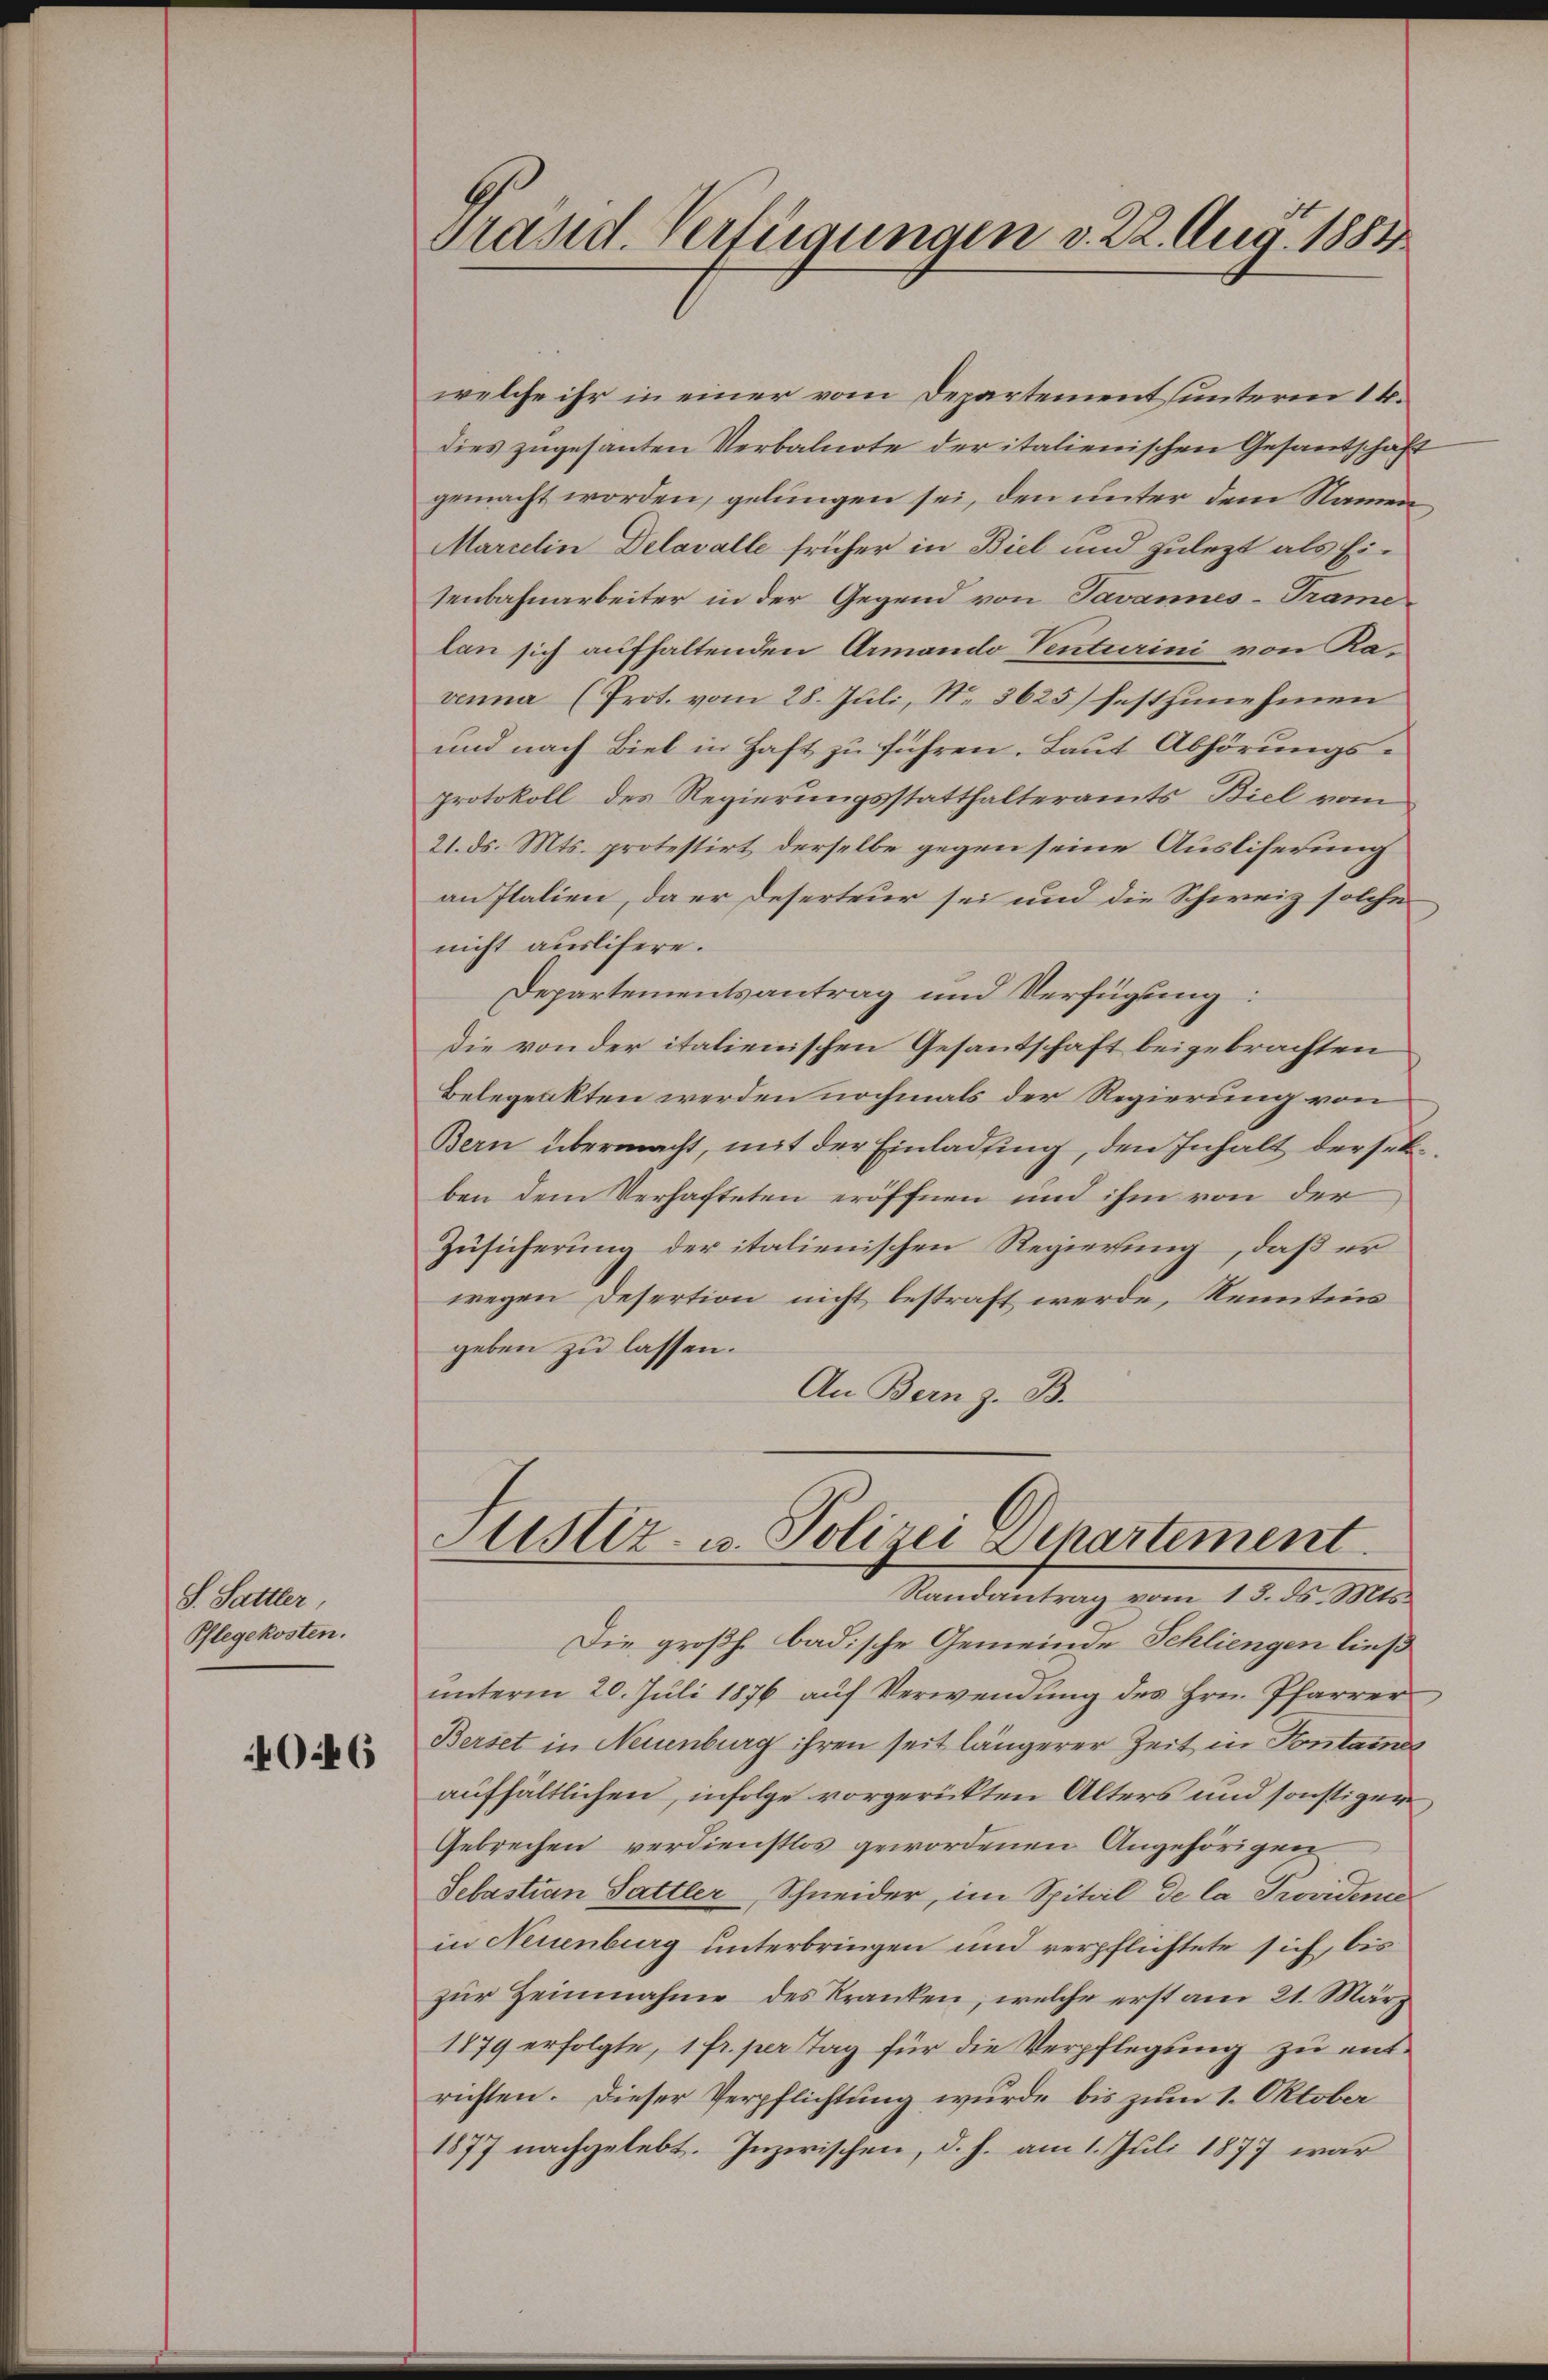
S. Sattler,
Pflegekosten.

40.46

Präsid. Verfügungen v. 22. Aug. 1884

welche ihr in einer vom Departement unterm 16.
dies zugesanten Verbalnote der italienischen Gesandschaft
gemacht worden, gelungen sei, den unter dem Namen
Marcelin Delavalle früher in Biel und zulezt als Eisenbahnarbeiter in der Gegend von Javannes-Trame
lan sich aufhaltenden Armando Venturini von Ravenna (Prot. vom 28. Juli, N. 8625) festzunehmen
und nach Biel in Haft zu führen. Laut Abhörungsprotokoll des Regierungsstatthalteramts Biel vom
21. ds. Mts. protestirt derselbe gegen seine Ausliferung
an Italien, da er Deserteur sei und die Schweiz solche
nicht auslifere.
Departementsantrag und Verfügung:
die von der italienischen Gesantschaft beigebrachten
Belegeakten werden nochmals der Regierung von
Bern übermacht, mit der Einladung, den Inhalt derselben dem Verhafteten eröffnen und ihm von der
Zusicherung der italienischen Regierung, daß er
wegen Desertion nicht bestraft werde, Kenntins
geben zu lassen.
An Bern z. B.
Justiz- u. Polizei Departement.
Randantrag vom 13. ds. Mts.
Die großh. badische Gemeinde Schliengen ließ
unterm 20. Juli 1876 auf Verwendung des Hrn. Pfarrer
Berset in Neuenburg ihren seit längerer Zeit in Pontane
aufhältlichen, infolge vorgerückten Alters und sonstigen
Gebrechen verdienstlos gewordenen Angehörigen
Sebastian Sattler, Schneider, im Spital de la Providene
in Neuenburg unterbringen und verpflichtete sich, bis
zur Zeinnahme des Kranken, welche erst am 21. März
1879 erfolgte, 1 fr. per Tag für die Verpflegung zu entrichten. Dieser Verpflichtung wurde bis zum 1. Oktober
1877 nachgelebt. Inzwischen, d. h. am 1. Juli 1877 war